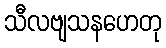
သီလဗျသနဟေတု